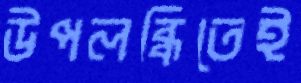
উপলব্ধিতেই